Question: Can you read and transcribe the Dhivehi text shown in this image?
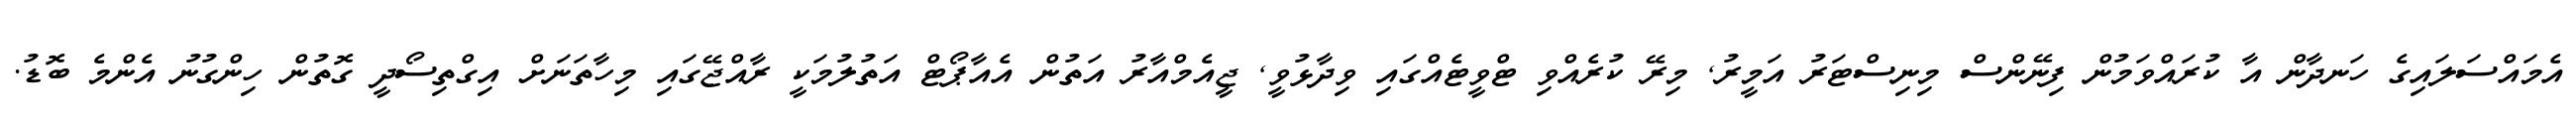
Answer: އެމައްސަލައިގެ ހަނދާން އާ ކުރައްވަމުން ފިނޭންސް މިނިސްޓަރު އަމީރު, މިރޭ ކުރެއްވި ޓްވީޓެއްގައި ވިދާޅުވީ, ޖީއެމްއާރު އަތުން އެއާޕޯޓް އަތުލުމަކީ ރާއްޖޭގައި މިހާތަނަށް އިގްތިސޯދީ ގޮތުން ހިންގުނު އެންމެ ބޮޑު.